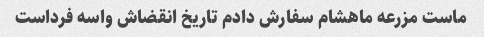
ماست مزرعه ماهشام سفارش دادم تاریخ انقضاش واسه فرداست